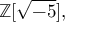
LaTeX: \mathbb { Z } [ { \sqrt { - 5 } } ] ,